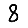
Digit: 8